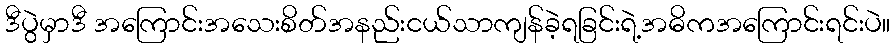
ဒီပွဲမှာဒီ အကြောင်းအသေးစိတ်အနည်းငယ်သာကျန်ခဲ့ရခြင်းရဲ့အဓိကအကြောင်းရင်းပဲ။